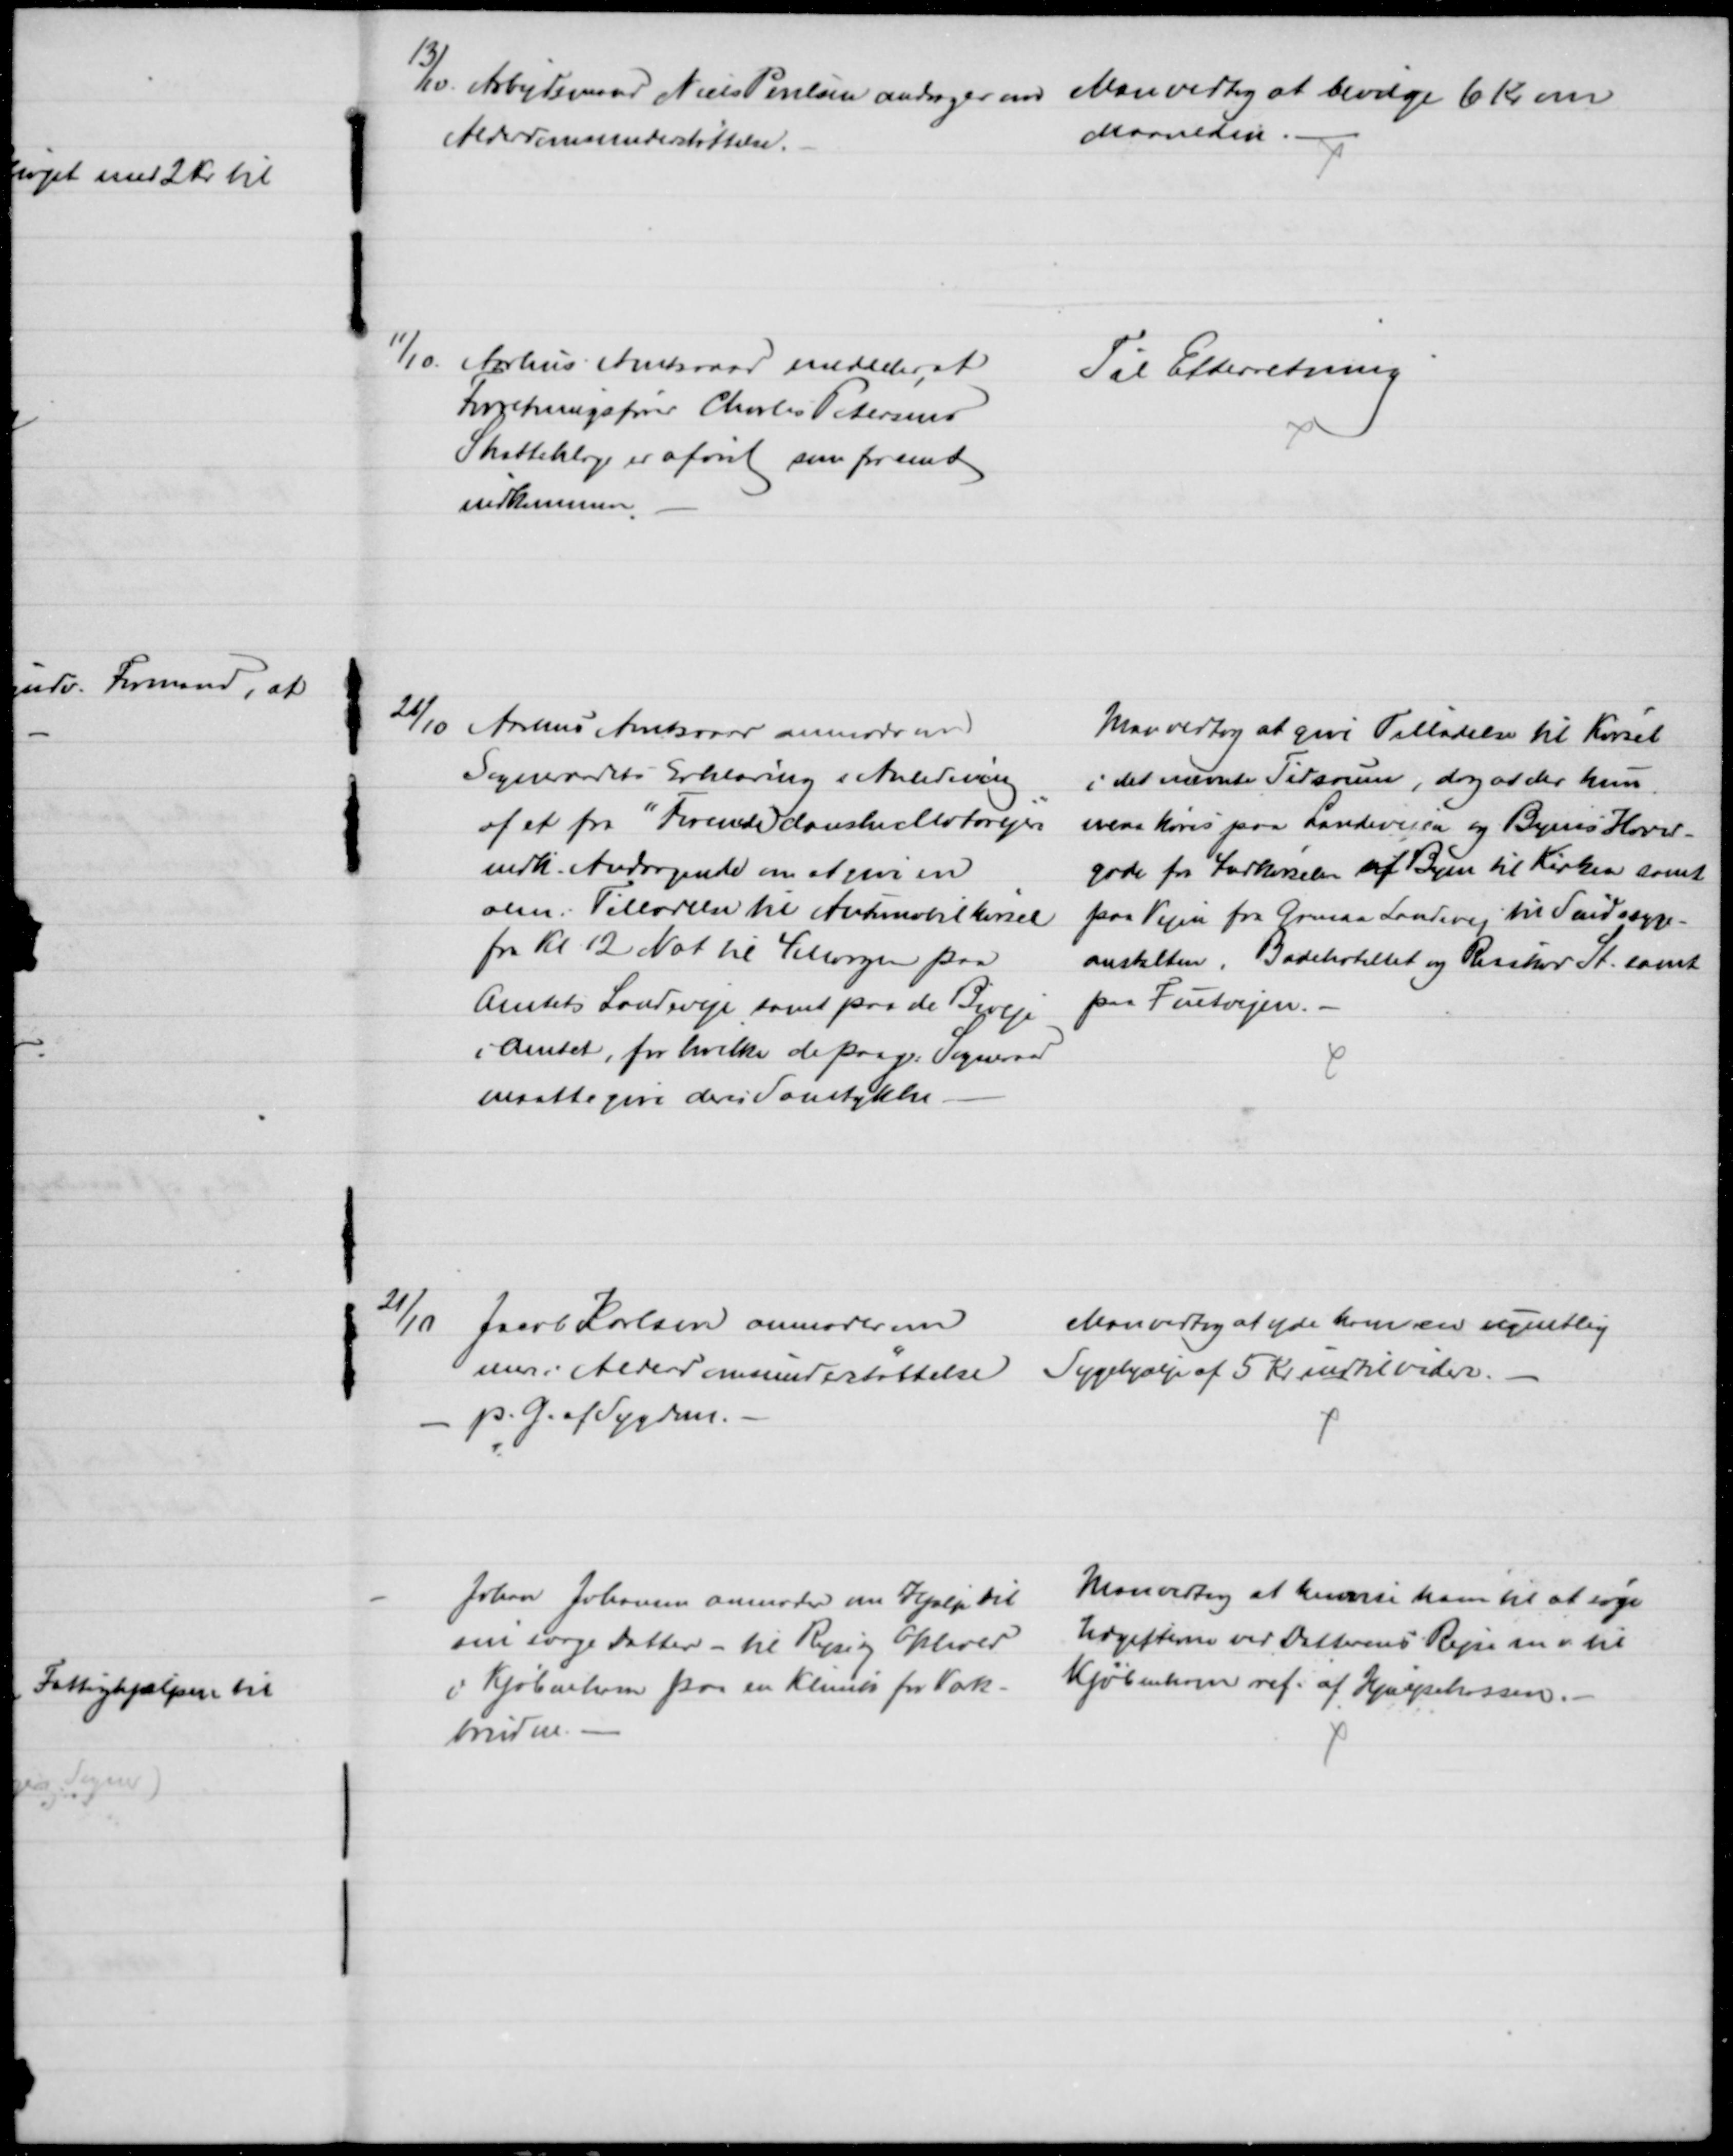
Transskription:
13/10. Arbejdsmand Niels Poulsen andrager om 
Alderdomsunderstøttelse.
Man vedtog at bevilge 6 Kr om
Maaneden.
11/10 Aarhus Amtsraad meddeler, at
Forretningsfører Charles Petersens
Skatteklage er afvist som for sent
indkommen
Til Efterretning
26/10 Aarhus Amtsraad anmoder om
Sogneraadets Erklæring i Anledning
af et fra "Forenede danske Motorejere"
indk. Andragende om at give en
alm. Tilladelse til Automobilkørsel
fra Kl. 12 Nat til 4 Morgen paa
Amtets Landeveje samt paa de Biveje
i Amtet, for hvilke de paag: Sogneraad
maatte give deres Samtykke.
Man vedtog at give Tilladelse til Kørsel
i det nævnte Tidsrum, dog at der kun
maa køres paa Landevejen og Byens Hoved-
gade for Indkørselen af Byen til Kirken samt 
paa Vejen fra Grenaa Landevej til Sindssyge-
anstalten, Badehotellet og Risskov St. samt
paa Fuetvejen.
21/10
Jacob Karlsen anmoder om
mere i Alderdomsunderstøttelse
p. G. af Sygdom.
Man vedtog at yde ham en ugentlig
Sygehjælp af 5 Kr indtil videre.
Johan Johansen anmoder om Hjælp til
sin svage Datter - til Rejse og Ophold
i Kjøbenhavn paa en Klinik for Vok-
brud m.
Man vedtog at henvise ham til at søge
Udgifterne ved Datterens Rejse m v til
Kjøbenhavn ref. af Hjælpekassen.